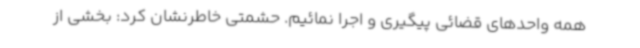
همه واحدهای قضائی پیگیری و اجرا نمائیم. حشمتی خاطرنشان کرد: بخشی از